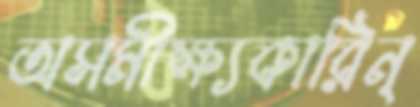
অসমীক্ষ্যকারিন্